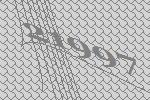
21997